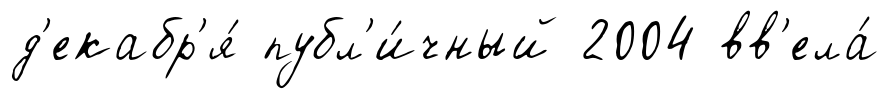
д'екабр'я́ публ'и́чный 2004 вв'ела́